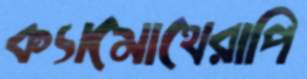
ক্যামোথেরাপি